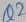
Text: Q2